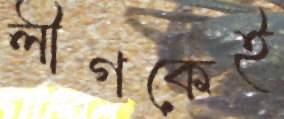
লীগকেই